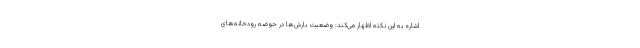
اشاره به این نکته اظهار می‌کند: وضعیت بارش‌ها در حوضه رودخانه‌های